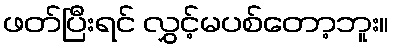
ဖတ်ပြီးရင် လွှင့်မပစ်တော့ဘူး။